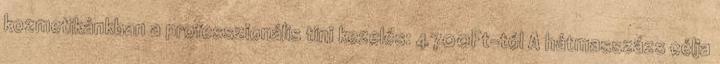
kozmetikánkban a professzionális tini kezelés: 4700Ft-tól A hátmasszázs célja